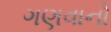
ગણવાનો